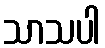
သာသပါ